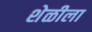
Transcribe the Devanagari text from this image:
शेळीला